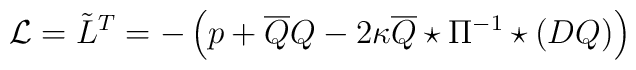
{\cal L} = \tilde{L}^{T} = - \left(p + \overline{Q}Q - 2\kappa\overline{Q}\star \Pi^{-1}\star (DQ)\right)